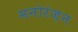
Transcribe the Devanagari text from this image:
मनोरंज़न